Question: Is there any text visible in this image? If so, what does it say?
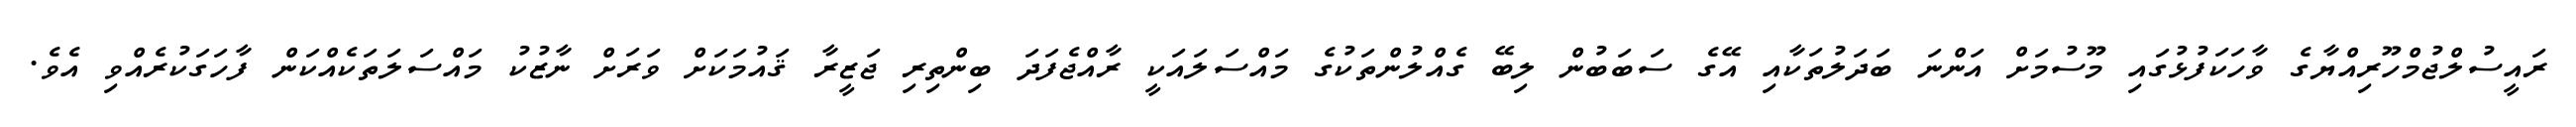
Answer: ރައީސުލްޖުމްހޫރިއްޔާގެ ވާހަކަފުޅުގައި މޫސުމަށް އަންނަ ބަދަލުތަކާއި އޭގެ ސަބަބުން ލިބޭ ގެއްލުންތަކުގެ މައްސަލައަކީ ރާއްޖެފަދަ ބިންތިރި ޖަޒީރާ ޤައުމަކަށް ވަރަށް ނާޒުކު މައްސަލަތަކެއްކަން ފާހަގަކުރެއްވި އެވެ.